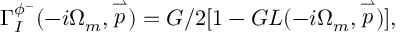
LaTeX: \Gamma _ { I } ^ { \phi ^ { - } } ( - i \Omega _ { m } , \stackrel { \rightharpoonup } { p } ) = G / 2 [ 1 - G L ( - i \Omega _ { m } , \stackrel { \rightharpoonup } { p } ) ] ,